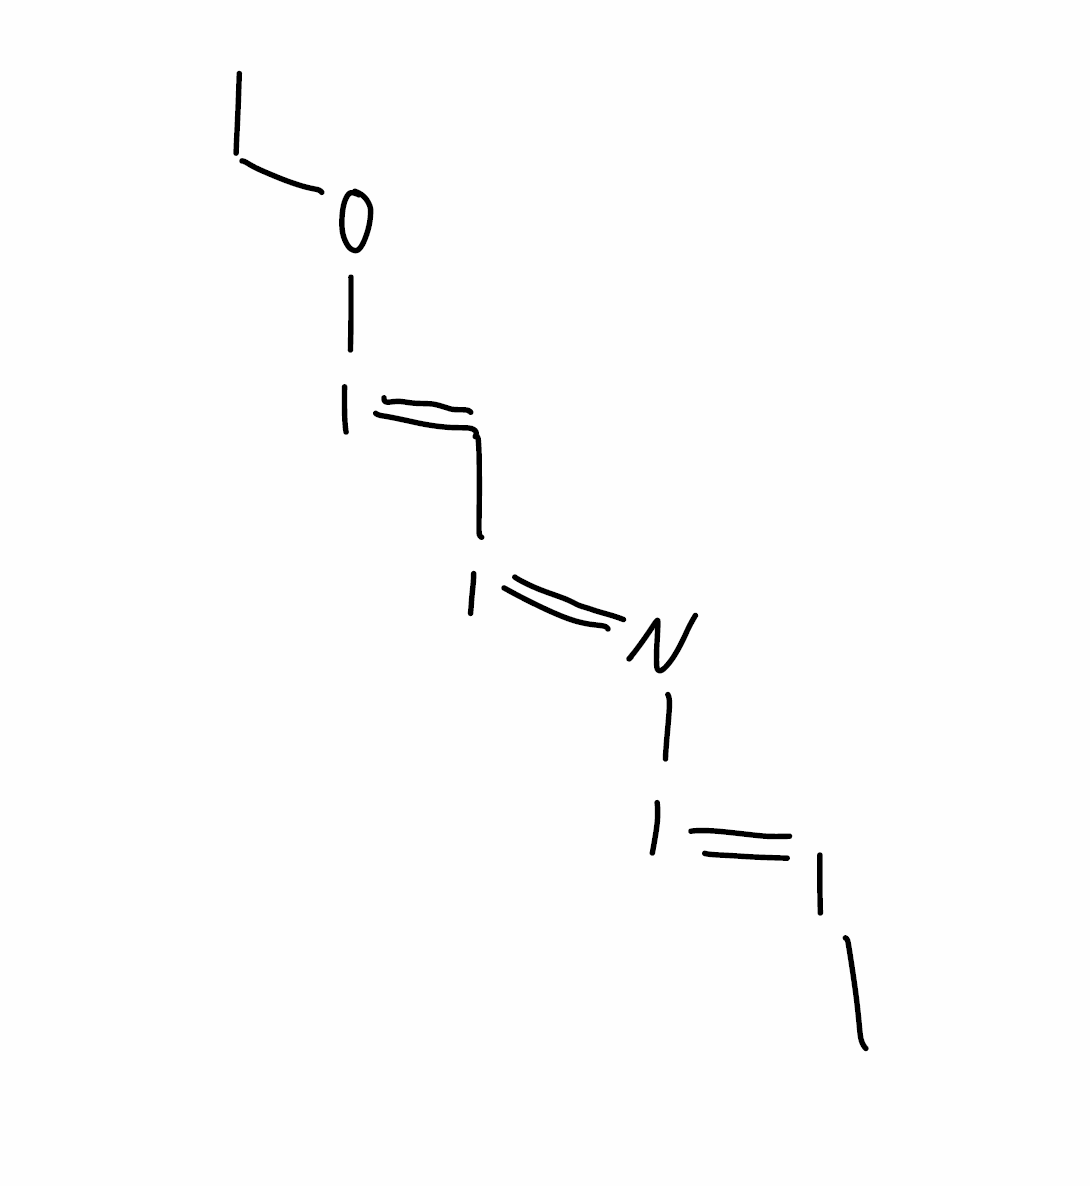
Simplified molecular-input line-entry system (SMILES) notation of the given molecule:
CCOI=CI=NI=IC